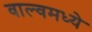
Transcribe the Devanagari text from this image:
वाल्वमध्ये